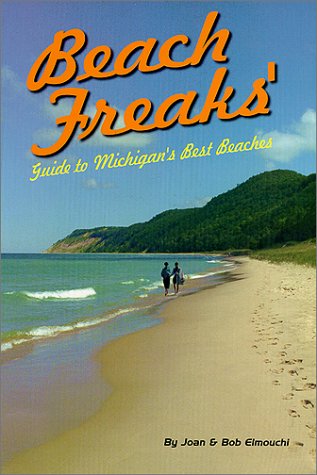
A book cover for Beach Freaks' Guide to Michigan's Best Beaches; Joan Elmouchi; Travel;